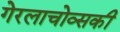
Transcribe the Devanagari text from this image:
गेरलाचोव्सकी